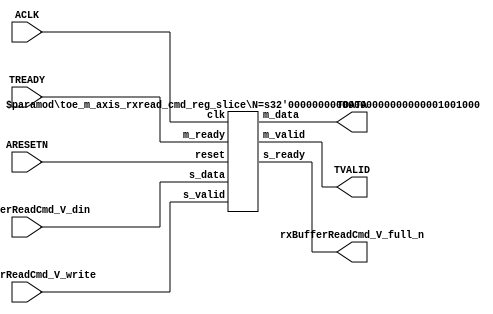
// ==============================================================
// File generated by Vivado(TM) HLS - High-Level Synthesis from C, C++ and SystemC
// Version: 2015.1
// Copyright (C) 2015 Xilinx Inc. All rights reserved.
// 
// ==============================================================


`timescale 1ns/1ps

module toe_m_axis_rxread_cmd_if (
    // AXI4-Stream singals
    input  wire        ACLK,
    input  wire        ARESETN,
    output wire        TVALID,
    input  wire        TREADY,
    output wire [71:0] TDATA,
    // User signals
    input  wire [71:0] rxBufferReadCmd_V_din,
    output wire        rxBufferReadCmd_V_full_n,
    input  wire        rxBufferReadCmd_V_write
);
//------------------------Local signal-------------------
// register slice
wire [0:0]  s_valid;
wire [0:0]  s_ready;
wire [71:0] s_data;
wire [0:0]  m_valid;
wire [0:0]  m_ready;
wire [71:0] m_data;

//------------------------Instantiation------------------
// rs
toe_m_axis_rxread_cmd_reg_slice #(
    .N       ( 72 )
) rs (
    .clk     ( ACLK ),
    .reset   ( ARESETN ),
    .s_data  ( s_data ),
    .s_valid ( s_valid ),
    .s_ready ( s_ready ),
    .m_data  ( m_data ),
    .m_valid ( m_valid ),
    .m_ready ( m_ready )
);

//------------------------Body---------------------------
// AXI4-Stream
assign TVALID                   = m_valid;
assign TDATA                    = m_data[71:0];
// Register Slice
assign s_valid                  = rxBufferReadCmd_V_write;
assign m_ready                  = TREADY;
assign s_data                   = rxBufferReadCmd_V_din;
// User Signal
assign rxBufferReadCmd_V_full_n = s_ready;

endmodule



`timescale 1ns/1ps

module toe_m_axis_rxread_cmd_reg_slice
#(parameter
    N = 8   // data width
) (
    // system signals
    input  wire         clk,
    input  wire         reset,
    // slave side
    input  wire [N-1:0] s_data,
    input  wire         s_valid,
    output wire         s_ready,
    // master side
    output wire [N-1:0] m_data,
    output wire         m_valid,
    input  wire         m_ready
);
//------------------------Parameter----------------------
// state
localparam [1:0]
    ZERO = 2'b10,
    ONE  = 2'b11,
    TWO  = 2'b01;
//------------------------Local signal-------------------
reg  [N-1:0] data_p1;
reg  [N-1:0] data_p2;
wire         load_p1;
wire         load_p2;
wire         load_p1_from_p2;
reg          s_ready_t;
reg  [1:0]   state;
reg  [1:0]   next;
//------------------------Body---------------------------
assign s_ready = s_ready_t;
assign m_data  = data_p1;
assign m_valid = state[0];

assign load_p1 = (state == ZERO && s_valid) ||
                 (state == ONE && s_valid && m_ready) ||
                 (state == TWO && m_ready);
assign load_p2 = s_valid & s_ready;
assign load_p1_from_p2 = (state == TWO);

// data_p1
always @(posedge clk) begin
    if (load_p1) begin
        if (load_p1_from_p2)
            data_p1 <= data_p2;
        else
            data_p1 <= s_data;
    end
end

// data_p2
always @(posedge clk) begin
    if (load_p2) data_p2 <= s_data;
end

// s_ready_t
always @(posedge clk) begin
    if (~reset)
        s_ready_t <= 1'b0;
    else if (state == ZERO)
        s_ready_t <= 1'b1;
    else if (state == ONE && next == TWO)
        s_ready_t <= 1'b0;
    else if (state == TWO && next == ONE)
        s_ready_t <= 1'b1;
end

// state
always @(posedge clk) begin
    if (~reset)
        state <= ZERO;
    else
        state <= next;
end

// next
always @(*) begin
    case (state)
        ZERO:
            if (s_valid & s_ready)
                next = ONE;
            else
                next = ZERO;
        ONE:
            if (~s_valid & m_ready)
                next = ZERO;
            else if (s_valid & ~m_ready)
                next = TWO;
            else
                next = ONE;
        TWO:
            if (m_ready)
                next = ONE;
            else
                next = TWO;
        default:
            next = ZERO;
    endcase
end

endmodule